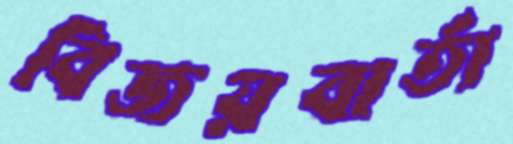
বিজয়বার্তা